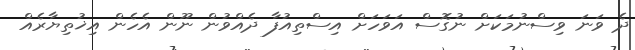
ދެ ވަނަ ވިސްނުމަކަށް ނުގޮސް އަވަހަށް އިސްތިއުފާ ދެއްވުން ނޫން އެހެން އިޚުތިޔާރެއް